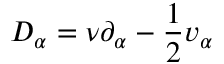
D _ { \alpha } = \nu \partial _ { \alpha } - \frac { 1 } { 2 } v _ { \alpha }